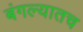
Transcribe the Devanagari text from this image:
बंगल्यातच